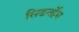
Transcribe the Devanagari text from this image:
सिडनर्हेम